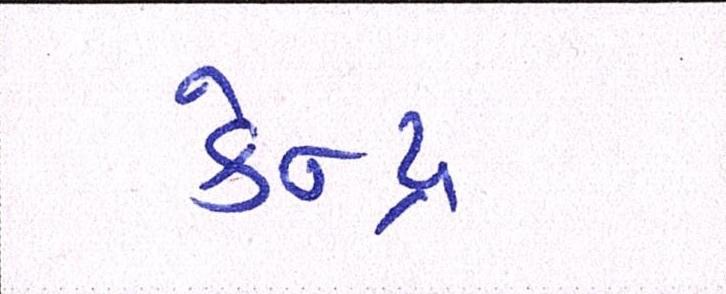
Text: કેન્દ્ર